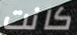
كانت